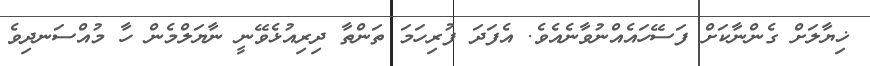
ޚިޔާލަށް ގެންނާކަށް ފަސޭހައެއްނުވާނެއެވެ. އެފަދަ ފުރިހަމަ ތަންތާ ދިރިއުޅެވޭނީ ނާޔަލްމެން ހާ މުއްސަނދިވެ